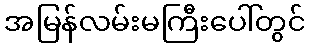
အမြန်လမ်းမကြီးပေါ်တွင်